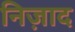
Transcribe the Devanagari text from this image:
निज़ाद